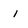
Character: i